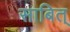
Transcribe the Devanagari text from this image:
साबित्